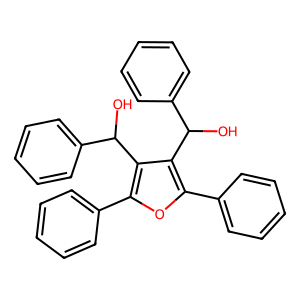
SMILES: OC(c1ccccc1)c1c(-c2ccccc2)oc(-c2ccccc2)c1C(O)c1ccccc1
Inhibits HIV replication: No